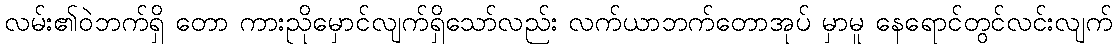
လမ်း၏ဝဲဘက်ရှိ တော ကားညိုမှောင်လျက်ရှိသော်လည်း လက်ယာဘက်တောအုပ် မှာမူ နေရောင်တွင်လင်းလျက်